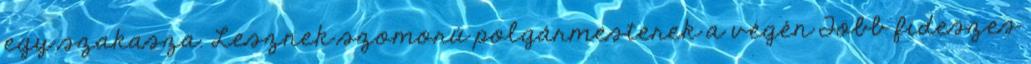
egy szakasza. Lesznek szomorú polgármesterek a végén Több fideszes